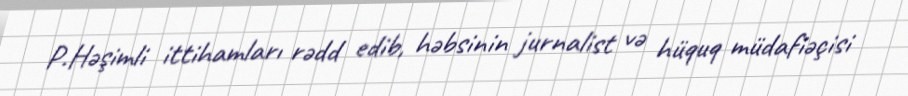
P.Həşimli ittihamları rədd edib, həbsinin jurnalist və hüquq müdafiəçisi